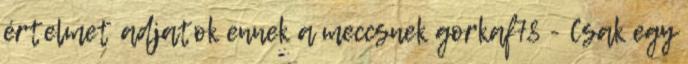
értelmet adjatok ennek a meccsnek gorkaf78 - Csak egy